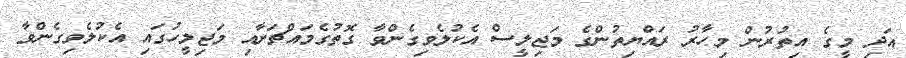
އަދި މީގެ އިތުރުން މިހާރު ރައްޔިތުންގެ މަޖިލީސް އެކުލެވިގެންވާ ގޮތުގެމައްޗަށާއި މަޖިލީހުގައި އެކުލެވިގެންވާ